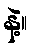
နဲ့။